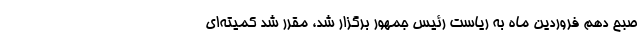
صبح دهم فروردین ماه به ریاست رئیس جمهور برگزار شد، مقرر شد کمیته‌ای